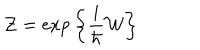
{ \cal Z } = \exp \bigg \{ \frac { i } { \hbar } { \cal W } \bigg \}